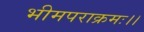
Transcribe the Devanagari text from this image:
भीमपराक्रमः।।